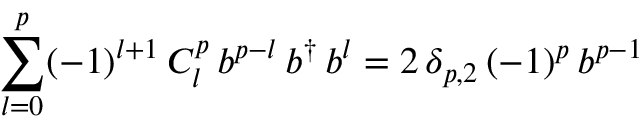
\sum _ { l = 0 } ^ { p } ( - 1 ) ^ { l + 1 } \, C _ { l } ^ { p } \, b ^ { p - l } \, b ^ { \dag } \, b ^ { l } = 2 \, \delta _ { p , 2 } \, ( - 1 ) ^ { p } \, b ^ { p - 1 }